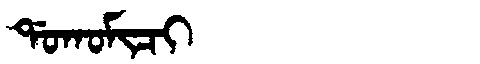
Manchu: ᡩᠣᡴᠣᠮᡳᠴᡳ
Romanization: DOKOMICI